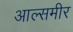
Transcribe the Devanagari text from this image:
आल्समीर